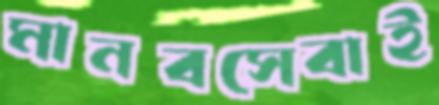
মানবসেবাই